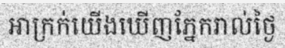
អាក្រក់យើងឃើញភ្នែករាល់ថ្ងៃ